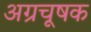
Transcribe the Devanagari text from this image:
अग्रचूषक